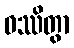
ဝဿိတွာ